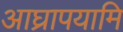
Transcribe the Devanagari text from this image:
आघ्रापयामि